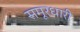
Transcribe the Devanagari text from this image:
समूरधारी